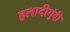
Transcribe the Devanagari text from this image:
हलादीगुंदी